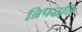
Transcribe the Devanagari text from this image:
त्रिपद्धति